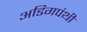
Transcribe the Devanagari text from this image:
अडिगपंथी